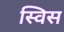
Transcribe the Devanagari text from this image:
स्‍विस